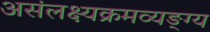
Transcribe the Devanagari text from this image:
असंलक्ष्यक्रमव्यङ्ग्य